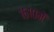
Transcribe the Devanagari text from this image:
१६१०में